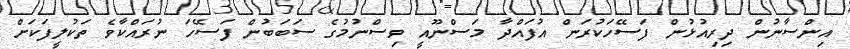
އިންސާނުން ދިރިއުޅުން ފަސޭހަކުރަން އުފައްދާ މަސްނޫއީ ވިސްނުމުގެ ސަބަބުން ފަސޭހަ ނުރައްކާވެ ތަކުލީފަކަށް